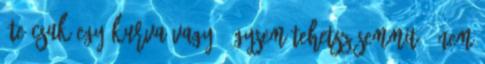
"Te csak egy kurva vagy, úgysem tehetsz semmit." Nem